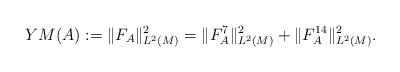
LaTeX: \begin{align*}YM(A):=\|F_{A}\|^{2}_{L^{2}(M)}=\|F^{7}_{A}\|^{2}_{L^{2}(M)}+\|F^{14}_{A}\|^{2}_{L^{2}(M)}.\end{align*}